65_HS1-834228961_62-HQ-83894_Section_7
Agency: FBI
Page 44
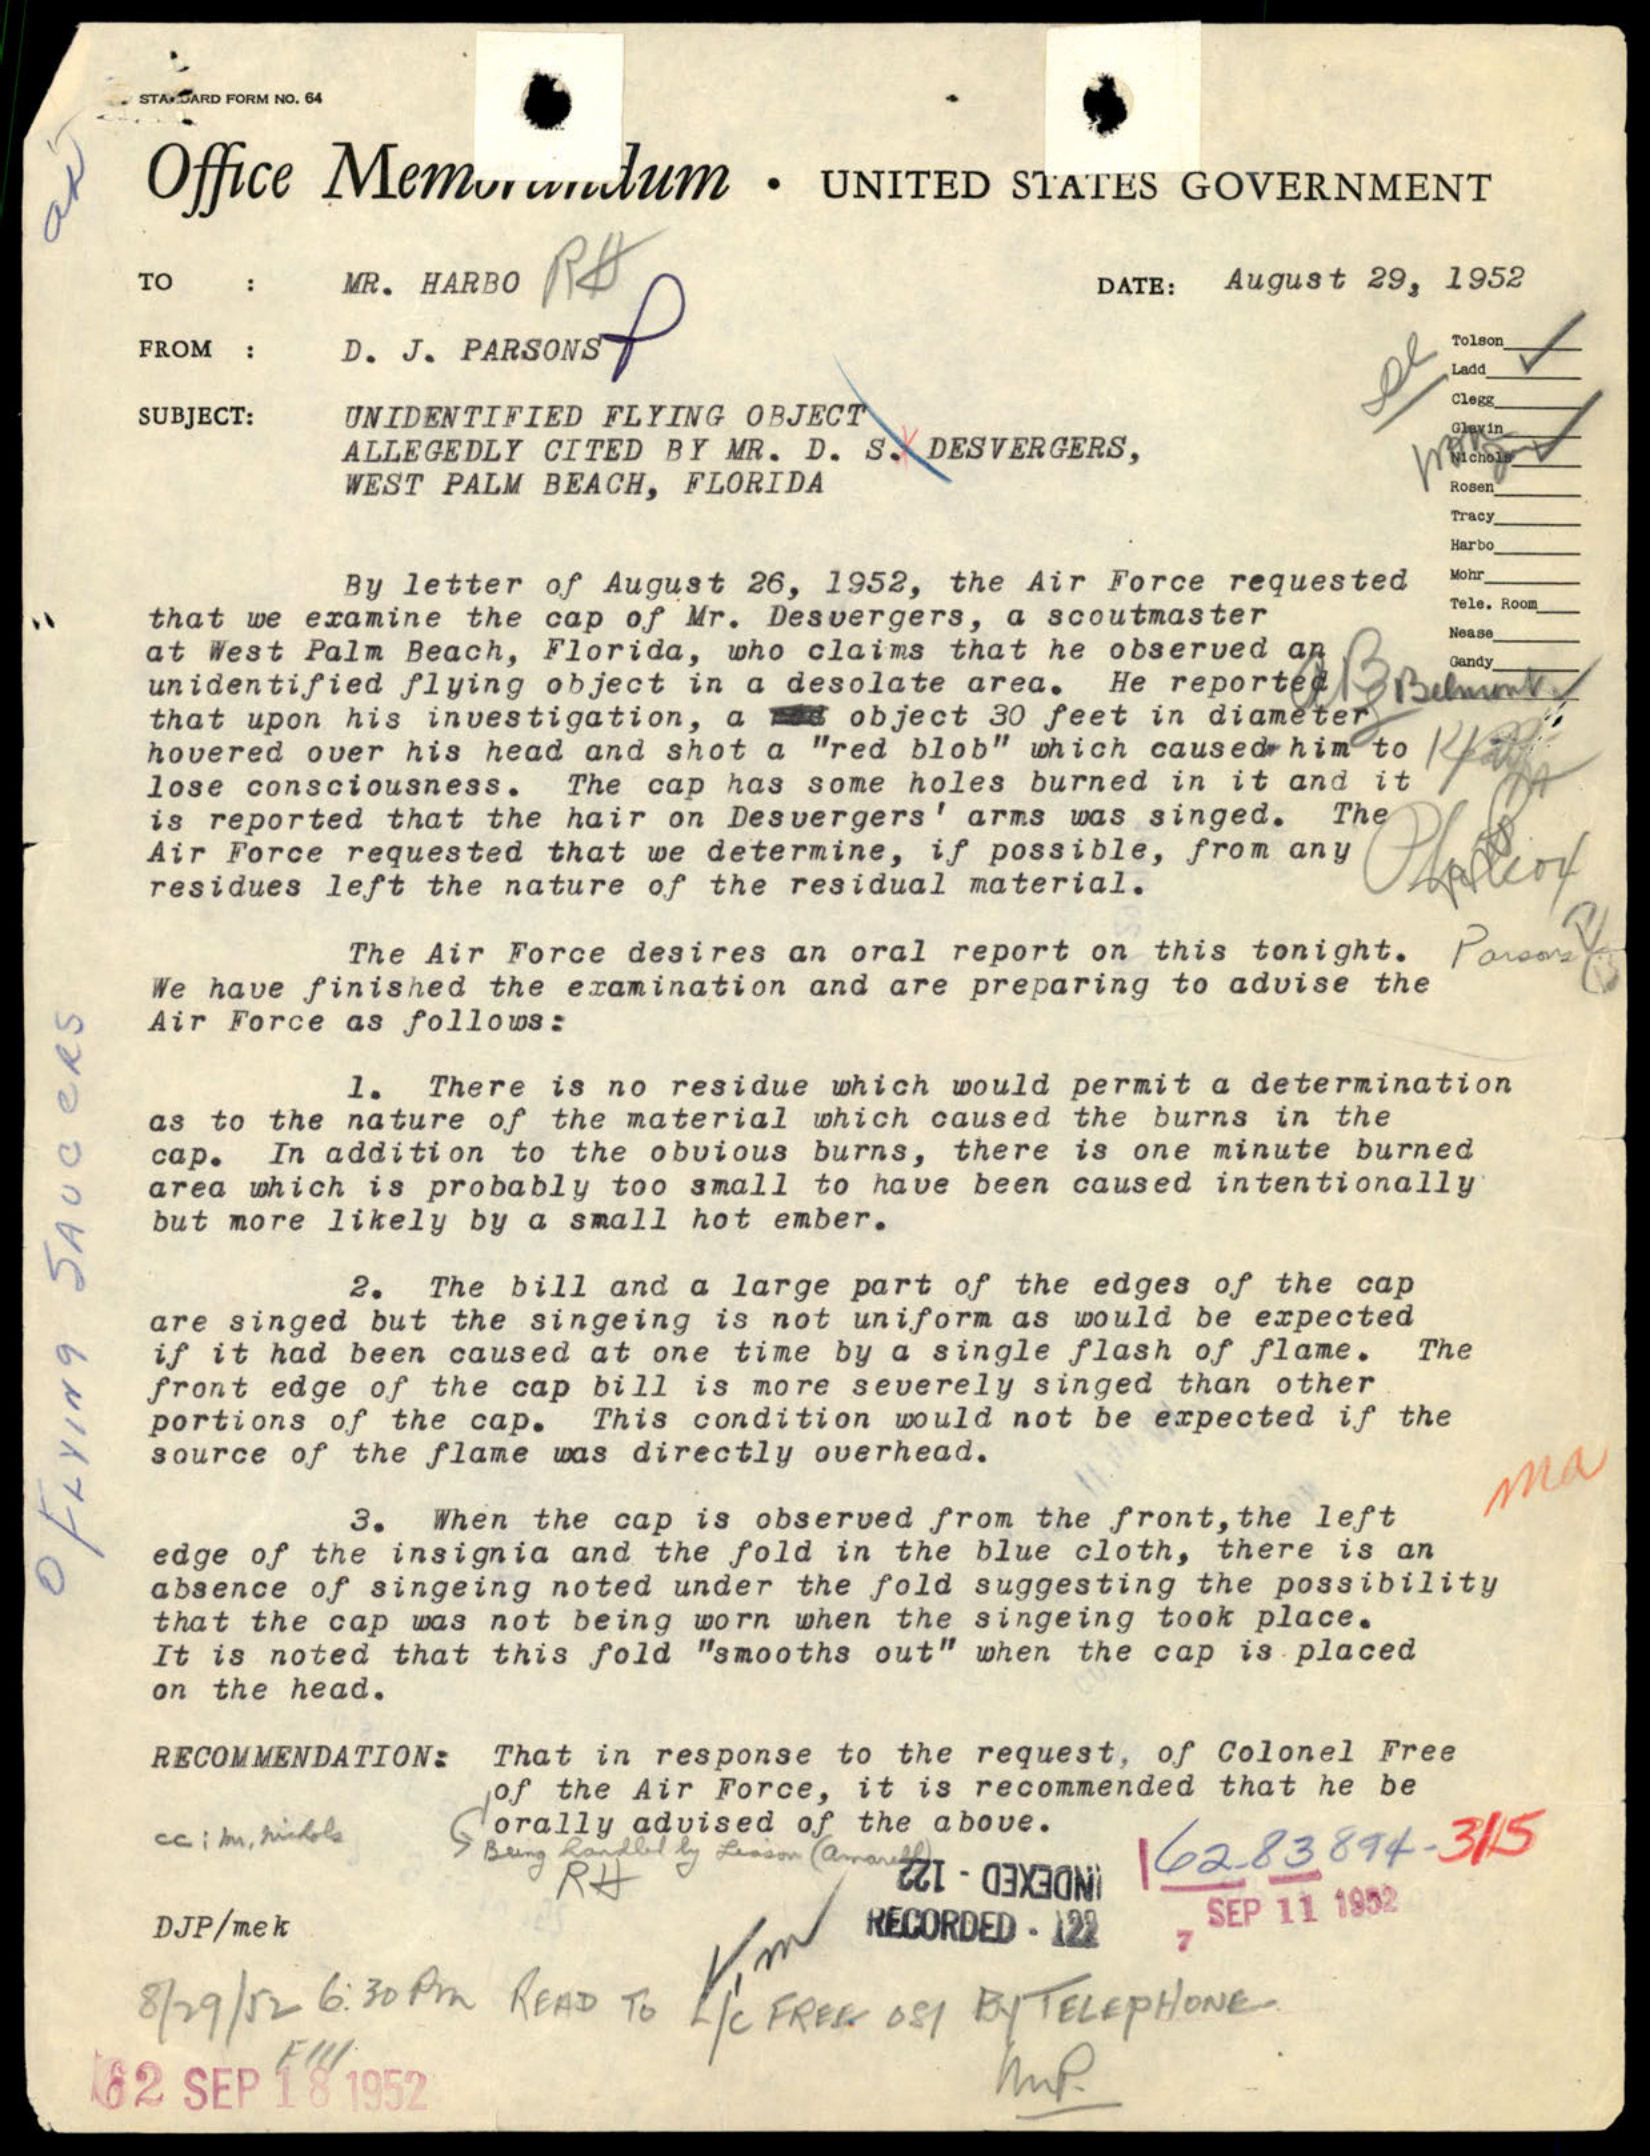